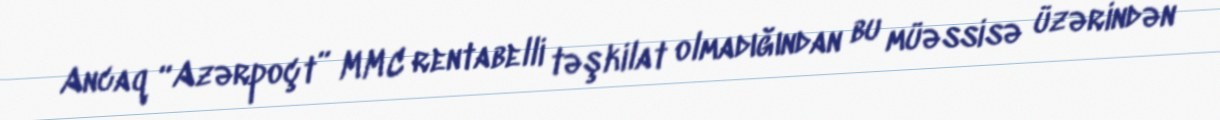
Ancaq “Azərpoçt” MMC rentabelli təşkilat olmadığından bu müəssisə üzərindən